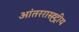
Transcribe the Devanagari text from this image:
आंतररास्ह्ट्रीय